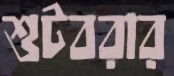
শুটবরার